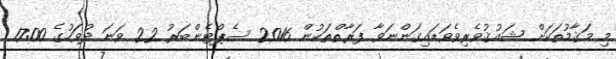
މި މަޤާމުތަކަށް ޝައުޤުވެރިވެވަޑައިގަންނަވާ ފަރާތްތަކުން 2016 ސެޕްޓެންބަރު 22 ވަނަ ދުވަހުގެ 17:00